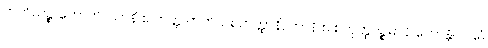
တတိယဉ္စ ဟောတိ။ ယာနိ စ တတ္ထ တတိယစတုတ္ထာနိ, တာနိ စ စတုတ္ထပဉ္စမာနိ ဟောန္တိ။ ပဌမံ